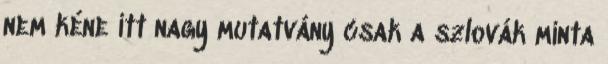
nem kéne itt nagy mutatvány csak a szlovák minta